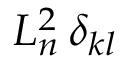
L _ { n } ^ { 2 } \, \delta _ { k l }